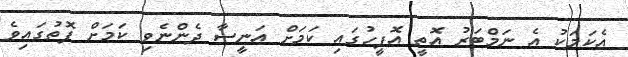
އެކަމަކު އެ ނަމްބަރު އޮތީ އޮފީހުގައި ކަމަށް އަނީސާ ދެންނެވި ކަމަށް ފޮތުގައިވެ